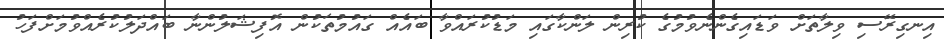
އިނގިރޭސި ވިލާތަށް ވަޑައިގެންނެވުމުގެ ކުރިން ލަންކާގައި މަޑުކުރައްވާ ބައެއް ގައުމުތަކުން އޮފިޝަލުންނާ ބައްދަލުކުރެއްވުމަށްފަހު